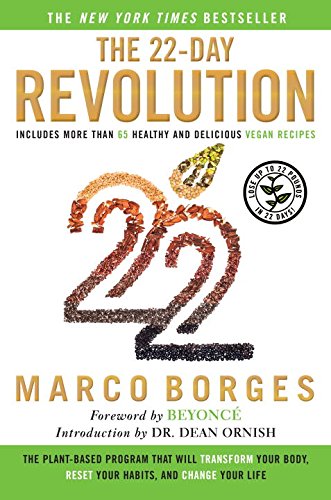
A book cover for The 22-Day Revolution: The Plant-Based Program That Will Transform Your Body, Reset Your Habits, and Change Your Life; Marco Borges; Health, Fitness & Dieting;